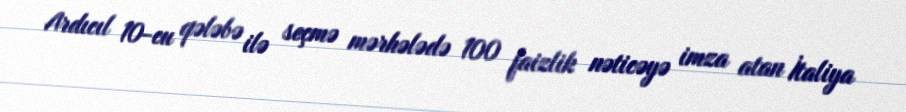
Ardıcıl 10-cu qələbə ilə seçmə mərhələdə 100 faizlik nəticəyə imza atan İtaliya